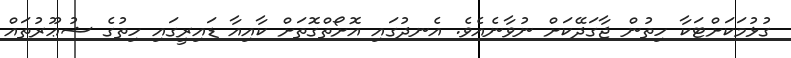
ގުޅުމަކަށްޓަކާ ހިތުން ޖާގަދޭކަށް ނުވާނެއެވެ. އެނދުގައި އޮށޯތްގޮތަށް ކާއިއާ ޑައިރީގައި ހިތުގެ ޝުޢޫރުތައް